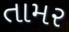
તામર